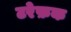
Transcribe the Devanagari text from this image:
टरेफ़क